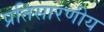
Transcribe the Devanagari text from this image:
प्रतिसारणीय